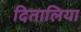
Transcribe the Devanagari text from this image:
दितालिया